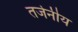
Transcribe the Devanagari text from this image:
तर्जनीय